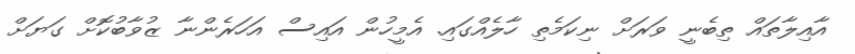
އާއިލާތައް ތިބެނީ ވަރަށް ނިކަމެތި ހާލެއްގައި. އެމީހުން އައިސް އަހަރެންނާ ޒުވާބުކޮށް ގަޔަށް